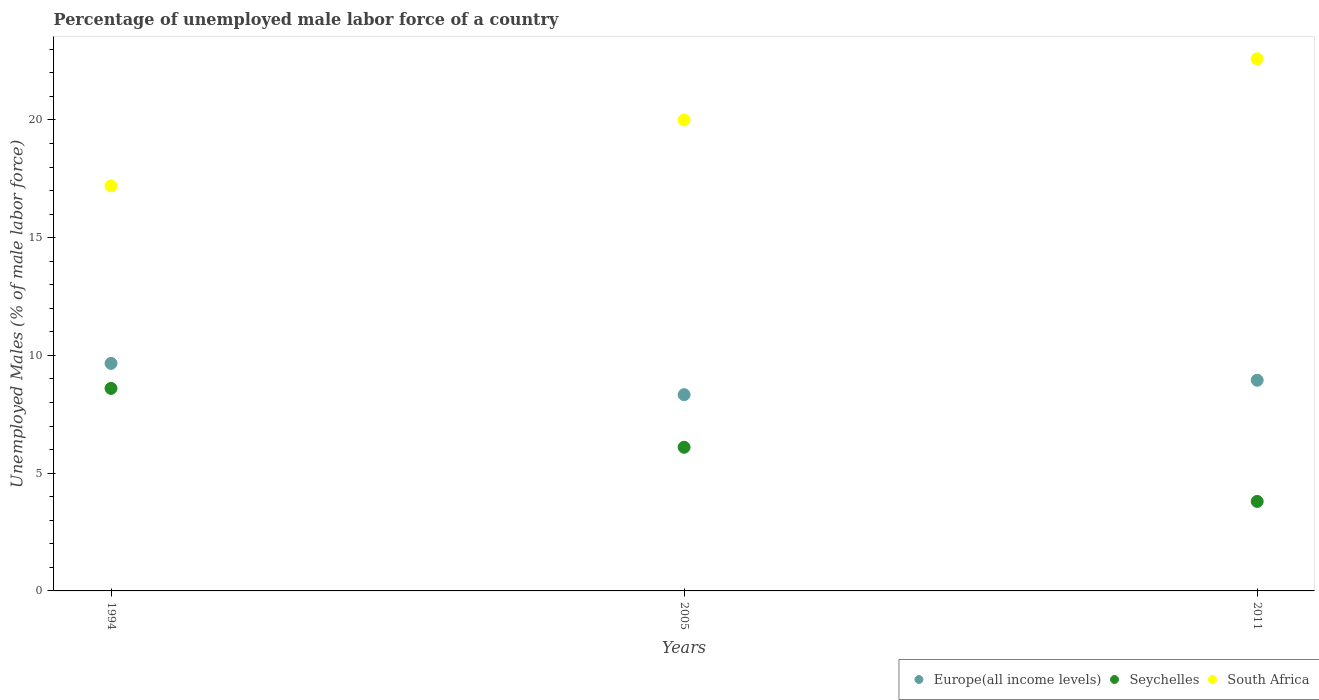
| Years | Europe(all income levels) | Seychelles | South Africa |
 | --- | --- | --- | --- |
 | 1994 | 9.66 | 8.6 | 17.2 |
 | 2005 | 8.33 | 6.1 | 20 |
 | 2011 | 8.95 | 3.8 | 22.6 |